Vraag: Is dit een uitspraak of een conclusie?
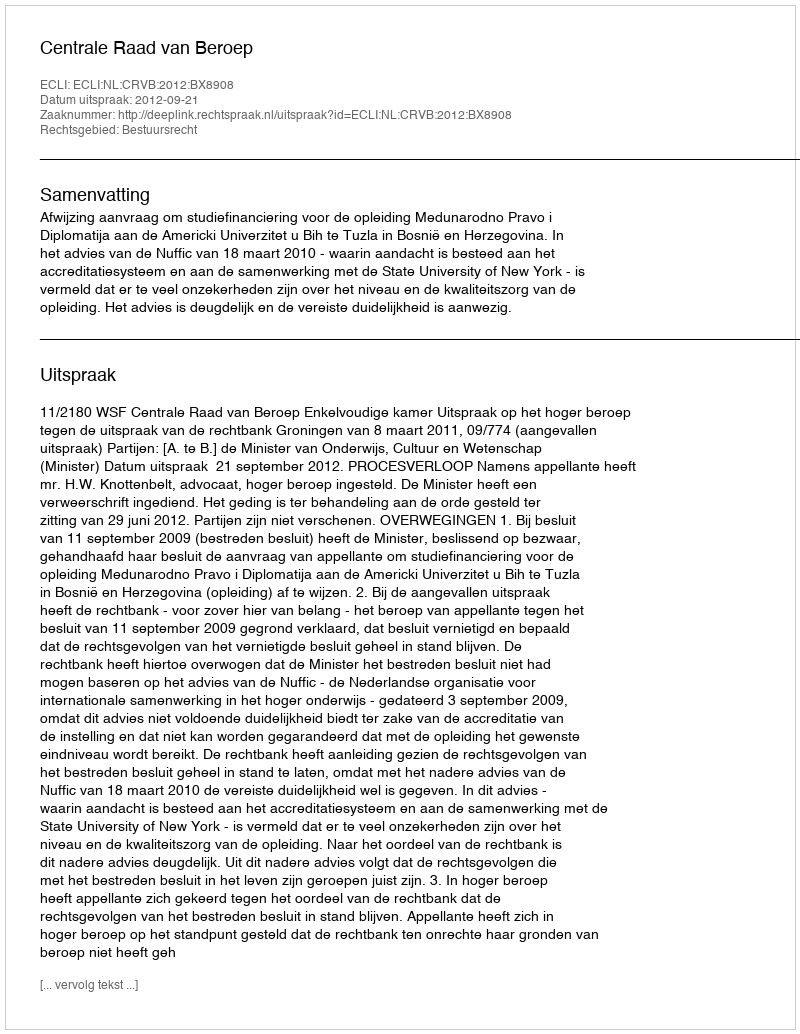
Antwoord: Uitspraak